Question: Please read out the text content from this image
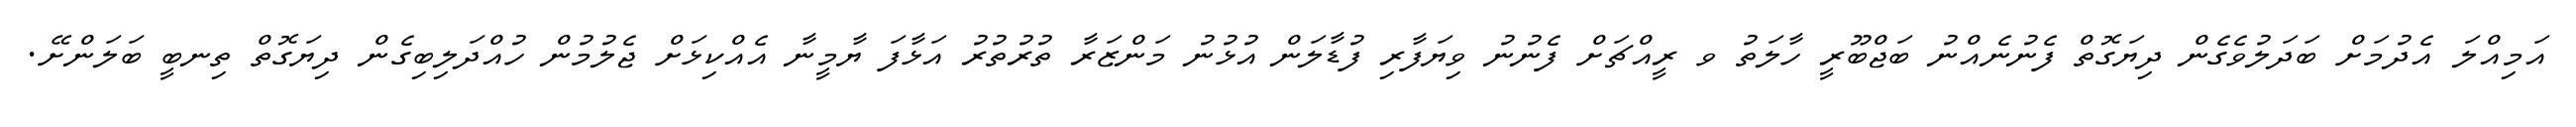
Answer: އަމިއްލަ އެދުމަށް ބަދަލުވެގެން ދިޔަގޮތް ފެނުނެއްނު ބަޖްބޫރީ ހާލަތު ވ ރީއްޗަށް ފެނުނު ވިޔަފާރި ފުޑާލަން އުޅުނު މަންޒަރާ ތުރުތުރު އަޅާފަ ޔާމީނާ އެއްކިޅަށް ޖެލުމުން ހުއްދަލިބިގެން ދިޔަގޮތް ތިނބީ ބަލަންށޭ.